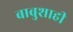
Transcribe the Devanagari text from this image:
बाबुशाही